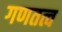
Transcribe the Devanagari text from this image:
गणतत्व